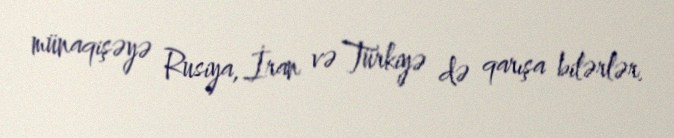
münaqişəyə Rusiya, İran və Türkiyə də qarışa bilərlər.